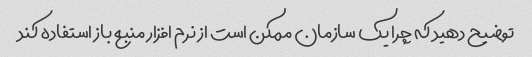
توضیح دهید که چرا یک سازمان ممکن است از نرم افزار منبع باز استفاده کند